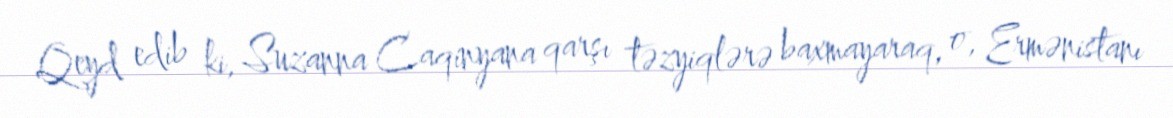
Qeyd edib ki, Suzanna Caqinyana qarşı təzyiqlərə baxmayaraq, o, Ermənistanı